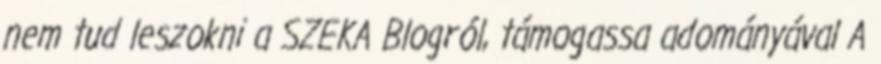
nem tud leszokni a SZEKA Blogról, támogassa adományával A